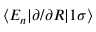
\left< E _ { n } | \partial / \partial R | 1 \sigma \right>